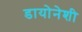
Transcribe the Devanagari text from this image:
डायोनेशी